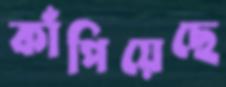
কাঁপিয়েছে